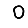
Digit: 0